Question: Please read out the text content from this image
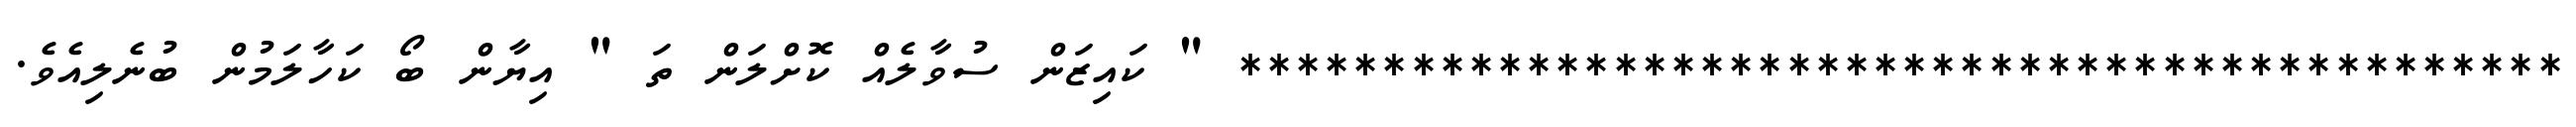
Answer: ********************************************** " ކައިޒަން ސުވާލެއް ކޮށްލަން ތަ " އިޔާން ބޯ ކަހާލަމުން ބުނެލިއެވެ.